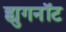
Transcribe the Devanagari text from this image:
ह्युगनॉट